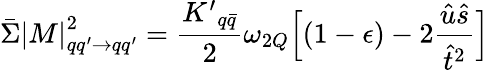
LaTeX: \bar{\Sigma}{|M|}_{qq^{\prime}\rightarrow qq^{\prime}}^{2}={\frac{{K^{\prime}}_{q\bar{q}}}{2}}\omega_{2Q}\Bigl[(1-\epsilon)-2{\frac{\hat{u}\hat{s}}{\hat{t}^{2}}}\Bigr]\;